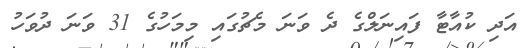
އަދި ކުއާޓާ ފައިނަލްގެ ދެ ވަނަ މެޗުގައި މިމަހުގެ 31 ވަނަ ދުވަހު